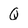
Character: Q